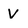
Character: V